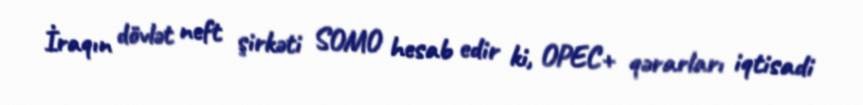
İraqın dövlət neft şirkəti SOMO hesab edir ki, OPEC+ qərarları iqtisadi